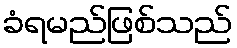
ခံရမည်ဖြစ်သည်